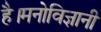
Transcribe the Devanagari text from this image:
है।मनोविज्ञानी